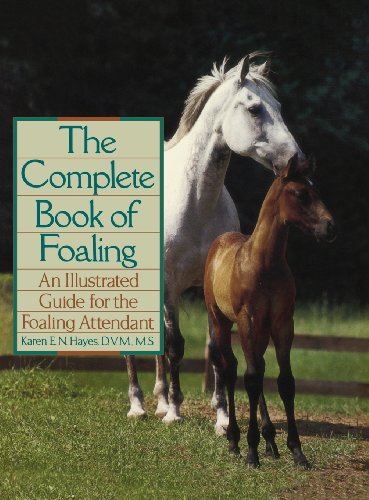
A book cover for The Complete Book of Foaling: An Illustrated Guide for the Foaling Attendant (Howell reference books); Karen E N Hayes; Medical Books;